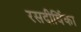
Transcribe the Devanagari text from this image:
रसदीर्घिका